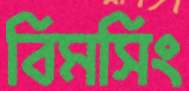
বিমসিং